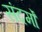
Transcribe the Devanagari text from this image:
संदर्मों